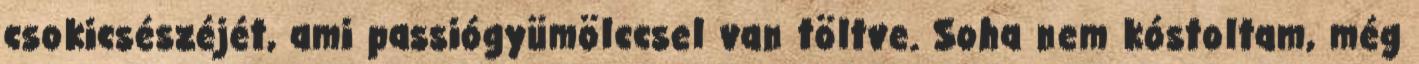
csokicsészéjét, ami passiógyümölccsel van töltve. Soha nem kóstoltam, még